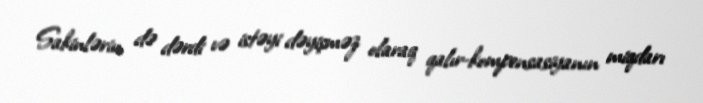
Sakinlərin də dərdi və istəyi dəyişməz olaraq qalır-kompensasiyanın miqdarı